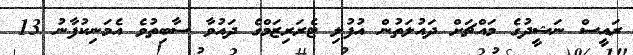
ރައީސް ނަޝީދުގެ މައްޗަށް ދައުލަތުން އުފުލި ޓެރަރިޒަމްގެ ދައުވާ ސާބިތުވެ އެމަނިކުފާނު 13